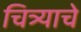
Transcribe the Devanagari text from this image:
चित्र्याचे